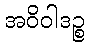
အဝိဝါဒဉ္စ